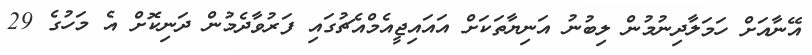
އޭނާއަށް ހަމަލާދިނުމުން ލިބުނު އަނިޔާތަކަށް އައައިޖީއެމްއެޗުގައި ފަރުވާދެމުން ދަނިކޮށް އެ މަހުގެ 29